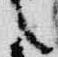
言